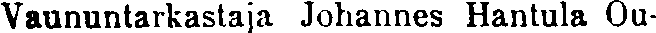
Vaununtarkastaja Johannes Hantula Ou-